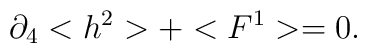
\partial _{4}<h^{2}>+<F^{1}>=0.